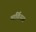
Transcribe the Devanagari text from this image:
मार्विनस